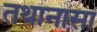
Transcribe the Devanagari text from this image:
तथानासा